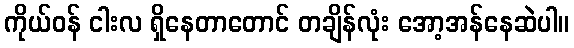
ကိုယ်ဝန် ငါးလ ရှိနေတာတောင် တချိန်လုံး အော့အန်နေဆဲပါ။